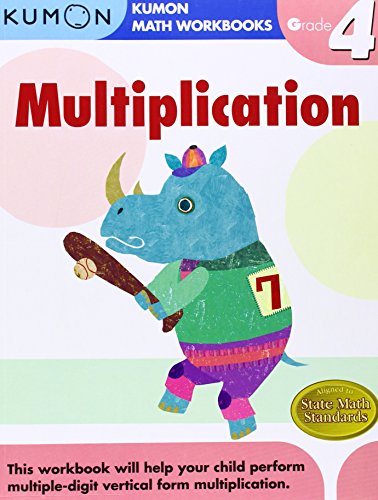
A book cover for Grade 4 Multiplication (Kumon Math Workbooks); Kumon Publishing; Children's Books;